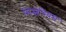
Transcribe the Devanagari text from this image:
मिस्लेनियस